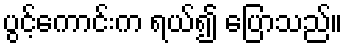
ပွင့်ကောင်းက ရယ်၍ ပြောသည်။